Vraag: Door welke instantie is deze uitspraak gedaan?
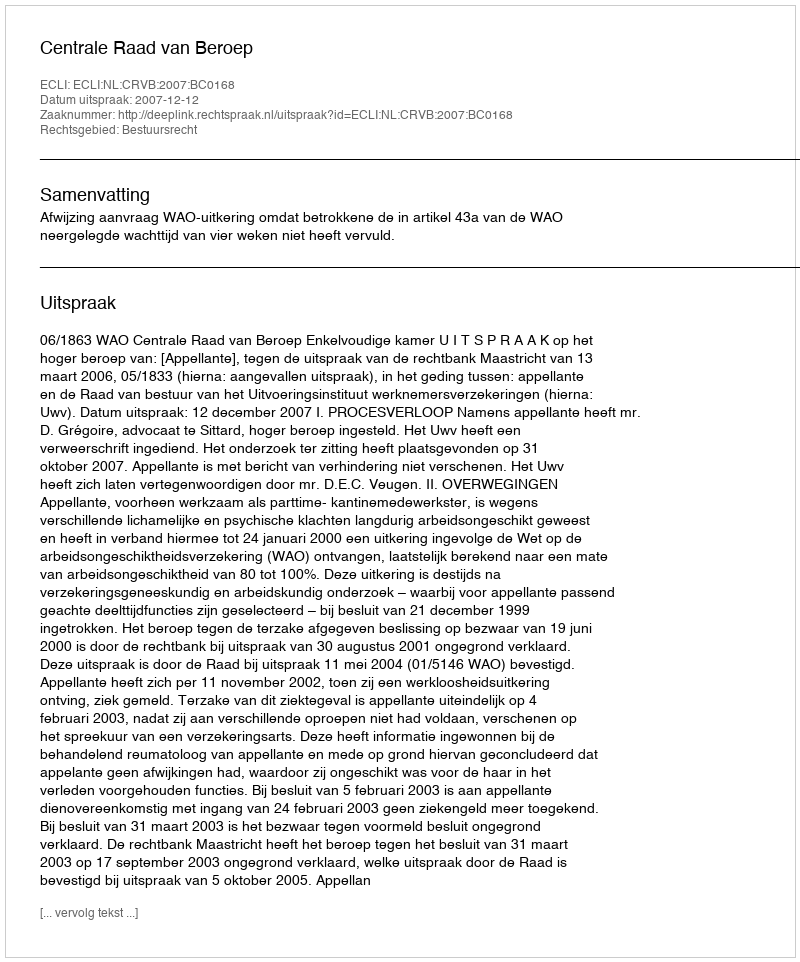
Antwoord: Centrale Raad van Beroep